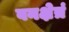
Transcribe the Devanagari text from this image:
वनक्षेत्रं